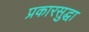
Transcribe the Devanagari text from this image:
प्रकारसुद्घा